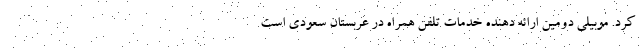
کرد. موبیلی دومین ارائه دهنده خدمات تلفن همراه در عربستان سعودی است